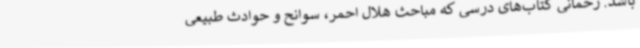
باشد. رحمانی کتاب‌های درسی که مباحث هلال احمر، سوانح و حوادث طبیعی